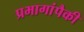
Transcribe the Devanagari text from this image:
प्रभागांपैकी